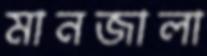
মানজালা